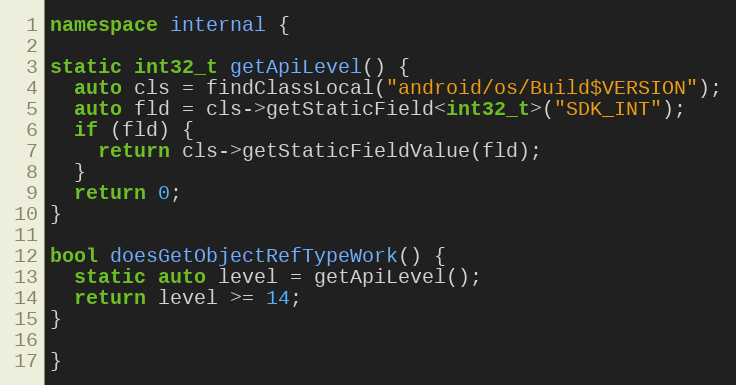
Language: C++
namespace internal {

static int32_t getApiLevel() {
  auto cls = findClassLocal("android/os/Build$VERSION");
  auto fld = cls->getStaticField<int32_t>("SDK_INT");
  if (fld) {
    return cls->getStaticFieldValue(fld);
  }
  return 0;
}

bool doesGetObjectRefTypeWork() {
  static auto level = getApiLevel();
  return level >= 14;
}

}